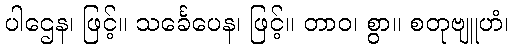
ပါဌေန၊ ဖြင့်။ သင်္ခေပေန၊ ဖြင့်။ တာဝ၊ စွာ။ စတုဗျူဟံ၊